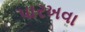
પારખવા